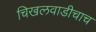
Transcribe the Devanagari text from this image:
चिखलवाडीचाच